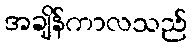
အချိန်ကာလသည်